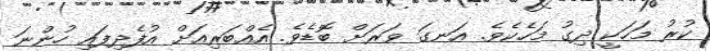
ކުރު މަހަކީ ދިގު މަހެކެވެ. އަނގަ ވަަރަށް ބޮޑެވެ. އެއްބަރިއަށް އުފެދިފައި ހުންނަ